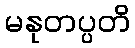
မနုတပ္ပတိ